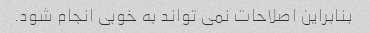
بنابراین اصلاحات نمی تواند به خوبی انجام شود.